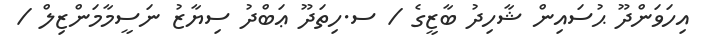
އިހަވަންދޫ ޙުސައިން ޝާހިދު ބާޒީގެ / ސ.ހިތަދޫ ޢަބްދު ސިޔާޒު ނަސީމާމަންޒިލް /